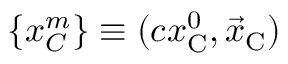
\{ x _ { C } ^ { m } \} \equiv ( c x _ { \mathrm { C } } ^ { 0 } , { \vec { x } } _ { \mathrm { C } } )